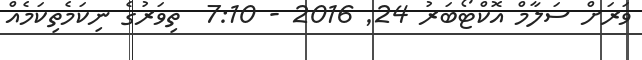
ވަރަށް ސަލާމް އޮކްޓޯބަރު 24